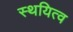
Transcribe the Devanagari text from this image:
स्थयित्व